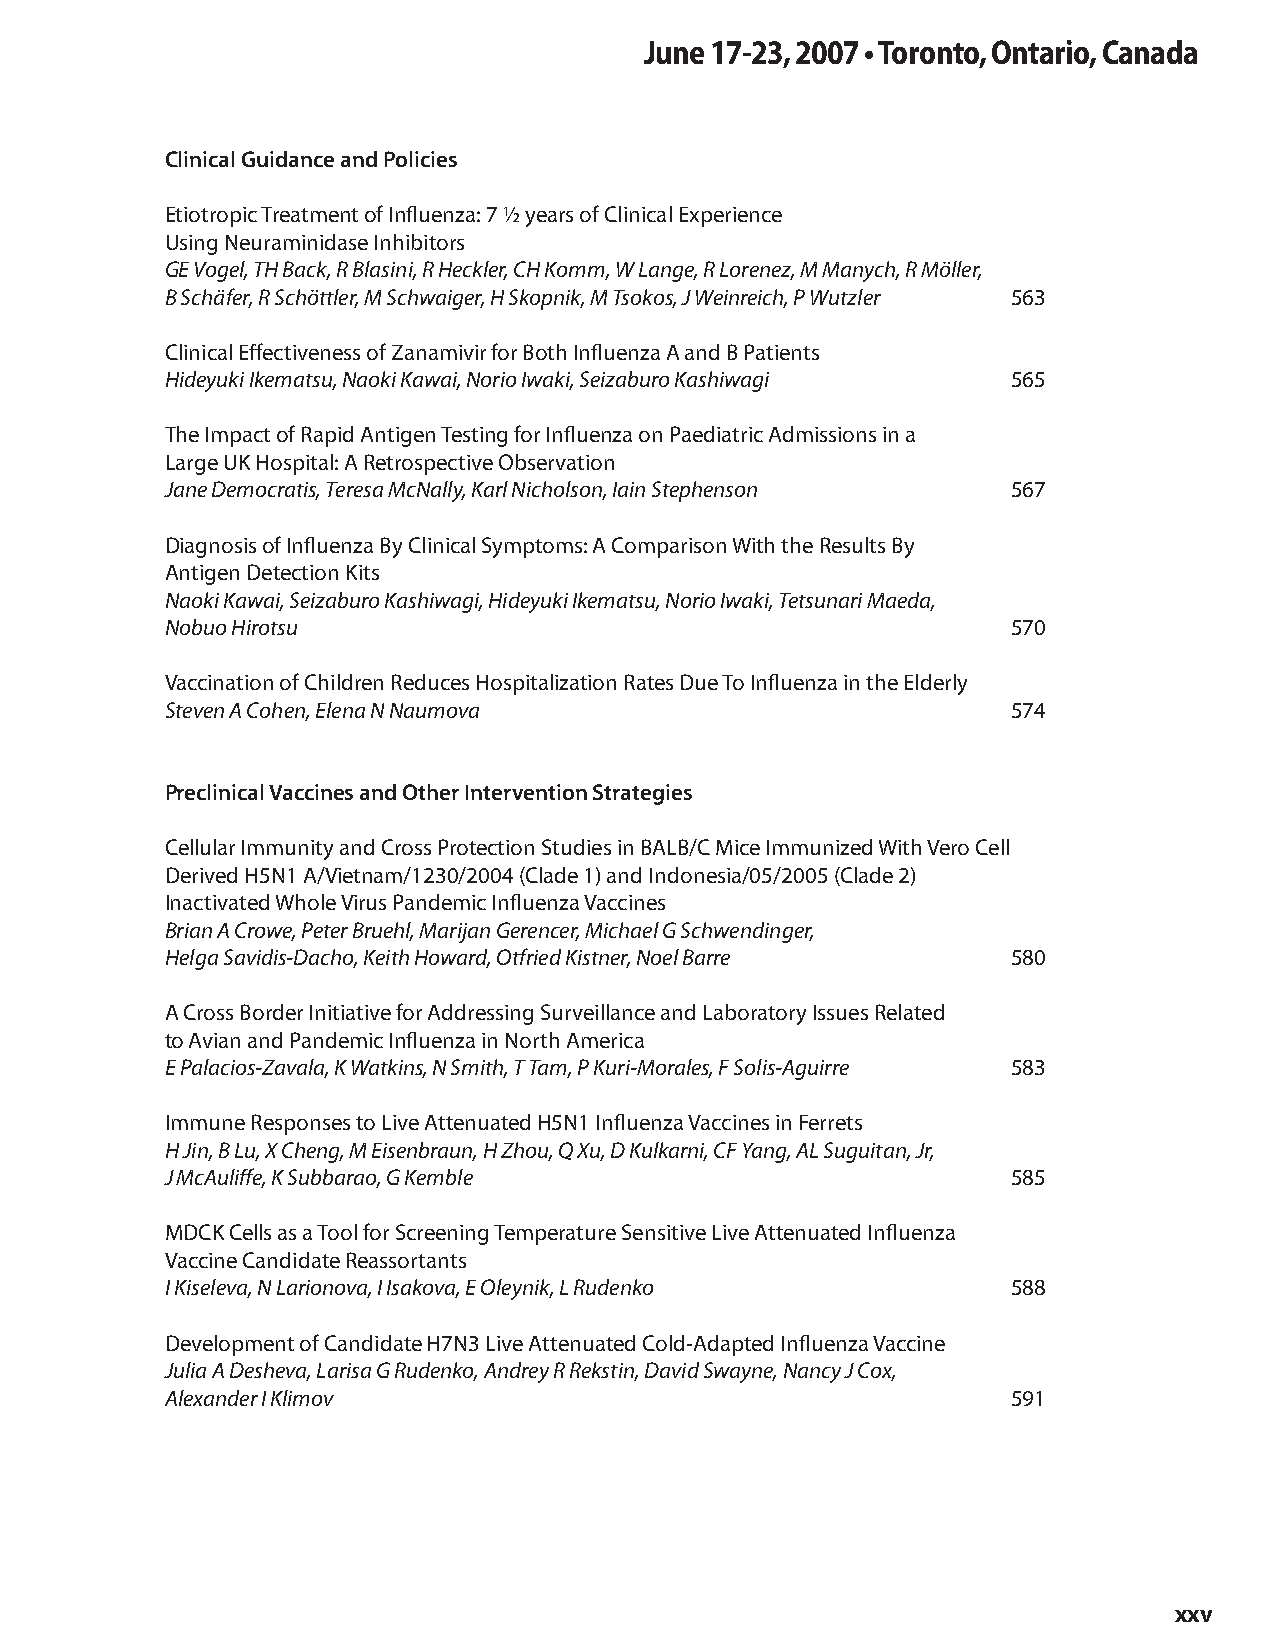
June 17-23, 2007 • Toronto, Ontario, Canada
 Clinical Guidance and Policies
 Etiotropic Treatment of Influenza: 7 ½ years of Clinical Experience
 Using Neuraminidase Inhibitors
 GE Vogel, TH Back, R Blasini, R Heckler, CH Komm, W Lange, R Lorenez, M Manych, R Möller,
 B Schäfer, R Schöttler, M Schwaiger, H Skopnik, M Tsokos, J Weinreich, P Wutzler 563
 Clinical Effectiveness of Zanamivir for Both Influenza A and B Patients
 Hideyuki Ikematsu, Naoki Kawai, Norio Iwaki, Seizaburo Kashiwagi 565
 The Impact of Rapid Antigen Testing for Influenza on Paediatric Admissions in a
 Large UK Hospital: A Retrospective Observation
 Jane Democratis, Teresa McNally, Karl Nicholson, Iain Stephenson 567
 Diagnosis of Influenza By Clinical Symptoms: A Comparison With the Results By
 Antigen Detection Kits
 Naoki Kawai, Seizaburo Kashiwagi, Hideyuki Ikematsu, Norio Iwaki, Tetsunari Maeda,
 Nobuo Hirotsu                                           570
 Vaccination of Children Reduces Hospitalization Rates Due To Influenza in the Elderly
 Steven A Cohen, Elena N Naumova                         574
 Preclinical Vaccines and Other Intervention Strategies
 Cellular Immunity and Cross Protection Studies in BALB/C Mice Immunized With Vero Cell
 Derived H5N1 A/Vietnam/1230/2004 (Clade 1) and Indonesia/05/2005 (Clade 2)
 Inactivated Whole Virus Pandemic Influenza Vaccines
 Brian A Crowe, Peter Bruehl, Marijan Gerencer, Michael G Schwendinger,
 Helga Savidis-Dacho, Keith Howard, Otfried Kistner, Noel Barre 580
 A Cross Border Initiative for Addressing Surveillance and Laboratory Issues Related
 to Avian and Pandemic Influenza in North America
 E Palacios-Zavala, K Watkins, N Smith, T Tam, P Kuri-Morales, F Solis-Aguirre 583
 Immune Responses to Live Attenuated H5N1 Influenza Vaccines in Ferrets
 H Jin, B Lu, X Cheng, M Eisenbraun, H Zhou, Q Xu, D Kulkarni, CF Yang, AL Suguitan, Jr,
 J McAuliffe, K Subbarao, G Kemble                       585
 MDCK Cells as a Tool for Screening Temperature Sensitive Live Attenuated Influenza
 Vaccine Candidate Reassortants
 I Kiseleva, N Larionova, I Isakova, E Oleynik, L Rudenko 588
 Development of Candidate H7N3 Live Attenuated Cold-Adapted Influenza Vaccine
 Julia A Desheva, Larisa G Rudenko, Andrey R Rekstin, David Swayne, Nancy J Cox,
 Alexander I Klimov                                      591
 xxv